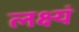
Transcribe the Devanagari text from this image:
लक्ष्यं